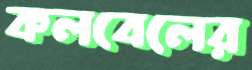
কলবেলের